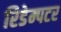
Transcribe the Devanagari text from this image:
रिडेम्पटर